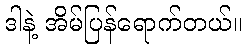
ဒါနဲ့ အိမ်ပြန်ရောက်တယ်။